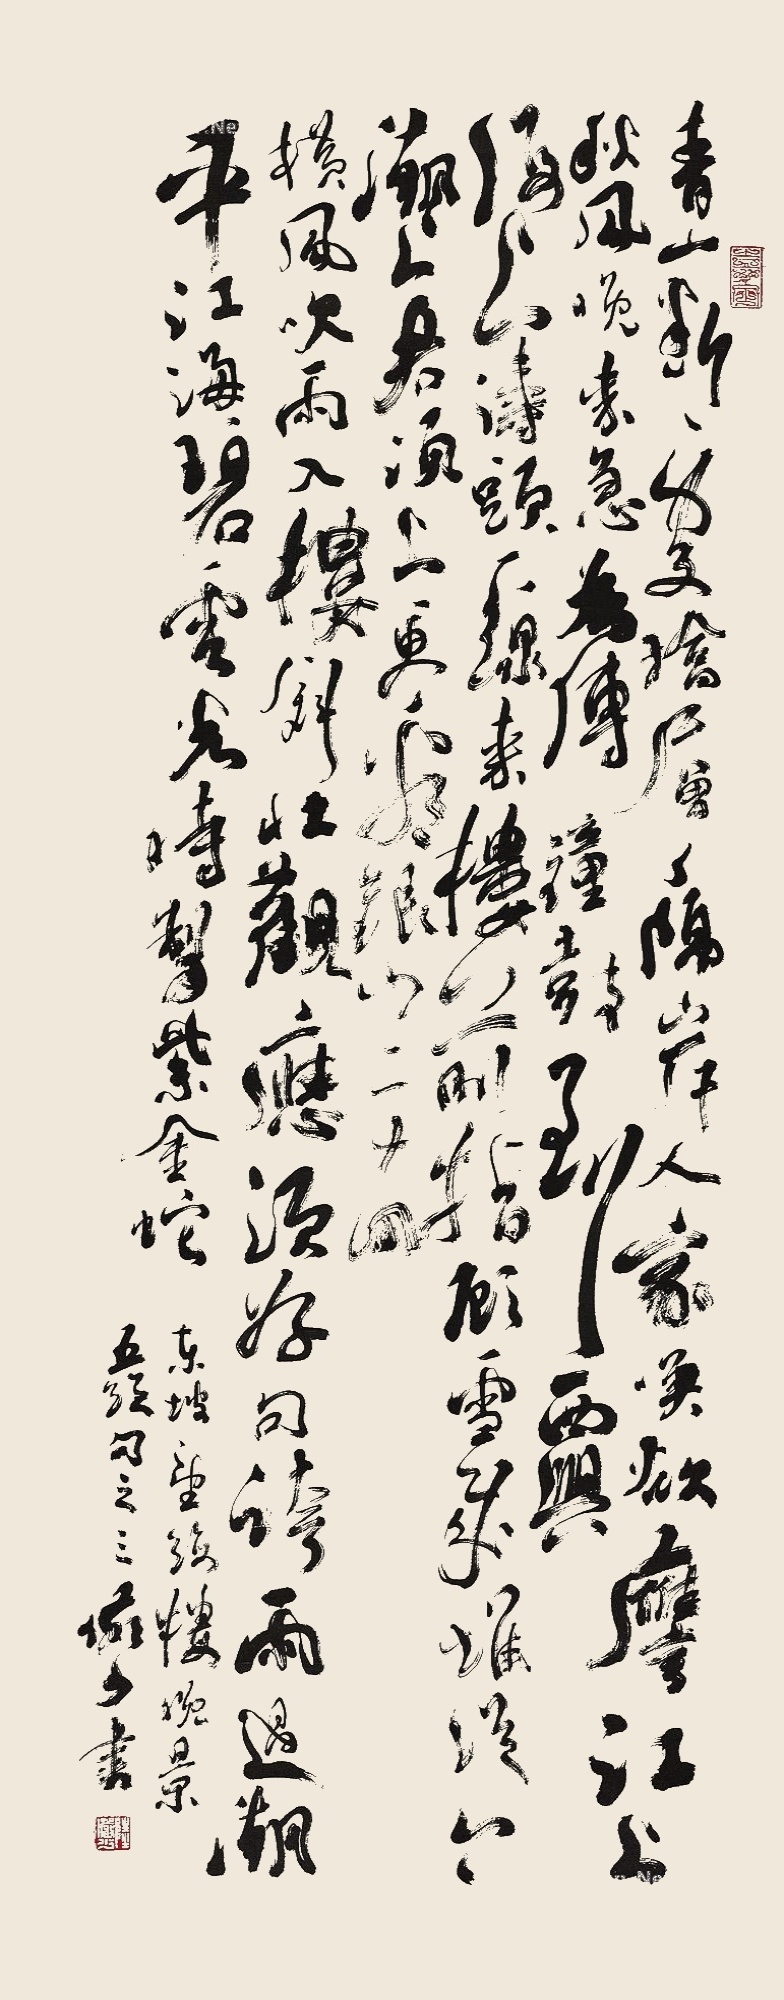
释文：青山断处塔层层，隔岸人家唤欲应。江上秋风晚来急，为传钟鼓到西兴。海上涛头一线来，楼前指顾雪成堆。从今潮上君须上，更看银山二十回。横风吹雨入楼斜，壮观应须好句夸。雨过潮平江海碧，电光时掣紫金蛇。东坡望海楼晚景五绝句之三，俨少书。